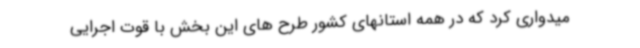
میدواری کرد که در همه استانهای کشور طرح های این بخش با قوت اجرایی